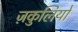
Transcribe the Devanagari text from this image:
ज़कुलियो